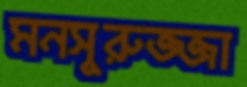
মনসুরুজ্জা